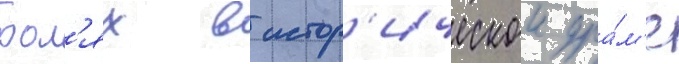
рол'ях в истор'ическои дра́м'е